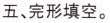
五、完形填空。